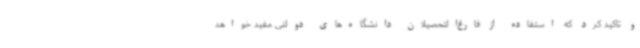
و تاکید کرد که استفاده از فارغ‌التحصیلان دانشگاه‌های دولتی مفید خواهد